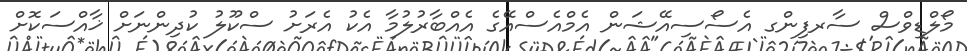
މޯލްޑިވްސް ސާރފިންގ އެސޯސިއޭޝަން އެމްއެސްއޭގެ އެއްބާރުލުމާ އެކު އެރަށު ސްކޫލު ކުދިންނަށް ޚާއްސަކޮށް